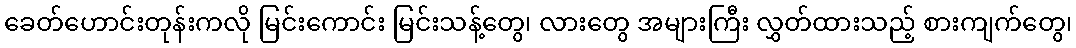
ခေတ်ဟောင်းတုန်းကလို မြင်းကောင်း မြင်းသန့်တွေ၊ လားတွေ အများကြီး လွှတ်ထားသည့် စားကျက်တွေ၊